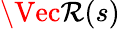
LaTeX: \Vec\mathcal{R}(s)